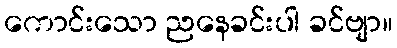
ကောင်းသော ညနေခင်းပါ ခင်ဗျာ။